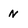
Character: N